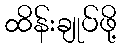
ထိန်းချုပ်ဖို့